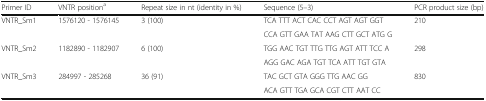
<table><thead><tr><td><b>Primer ID</b></td><td><b>VNTR position<sup>a</sup></b></td><td><b>Repeat size in nt (identity in %)</b></td><td><b>Sequence (5–3)</b></td><td><b>PCR product size (bp)</b></td></tr></thead><tbody><tr><td rowspan="2">VNTR_Sm1</td><td rowspan="2">1576120 - 1576145</td><td rowspan="2">3 (100)</td><td>TCA TTT ACT CAC CCT AGT AGT GGT</td><td rowspan="2">210</td></tr><tr><td>CCA GTT GAA TAT AAG CTT GCT ATG G</td></tr><tr><td rowspan="2">VNTR_Sm2</td><td rowspan="2">1182890 - 1182907</td><td rowspan="2">6 (100)</td><td>TGG AAC TGT TTG TTG AGT ATT TCC A</td><td rowspan="2">298</td></tr><tr><td>AGG GAC AGA TGT TCA ATT TGT GTA</td></tr><tr><td rowspan="2">VNTR_Sm3</td><td rowspan="2">284997 - 285268</td><td rowspan="2">36 (91)</td><td>TAC GCT GTA GGG TTG AAC GG</td><td rowspan="2">830</td></tr><tr><td>ACA GTT TGA GCA CGT CTT AAT CC</td></tr></tbody></table>